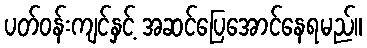
ပတ်ဝန်းကျင်နှင့် အဆင်ပြေအောင်နေရမည်။